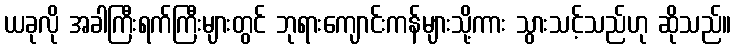
ယခုလို အခါကြီးရက်ကြီးများတွင် ဘုရားကျောင်းကန်များသို့ကား သွားသင့်သည်ဟု ဆိုသည်။